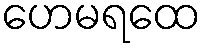
ဟေမရထေ